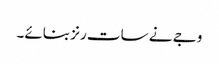
وجے نے سات رنز بنائے۔